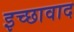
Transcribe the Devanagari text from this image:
इच्छावाद